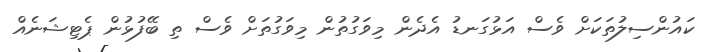
ކައުންސިލުތަކަށް ވެސް އަޅުގަނޑު އެދެން މިވަގުތުން މިވަގުތަށް ވެސް ތި ބޭފުޅުން ޕެޓިޝަނެއް